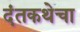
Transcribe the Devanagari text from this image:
दंतकथेचा